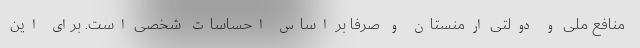
منافع ملی و دولتی ارمنستان و صرفا بر اساس احساسات شخصی است. برای این